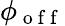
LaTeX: \phi_{\mathrm{~o~f~f~}}